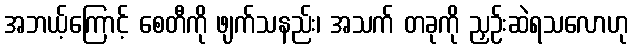
အဘယ့်ကြောင့် စေတီကို ဖျက်သနည်း၊ အသက် တခုကို ညှဉ်းဆဲရသလောဟု